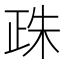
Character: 𣥵